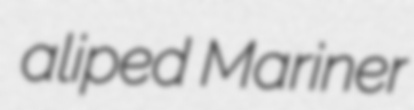
aliped Mariner